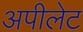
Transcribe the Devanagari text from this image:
अपीलेट